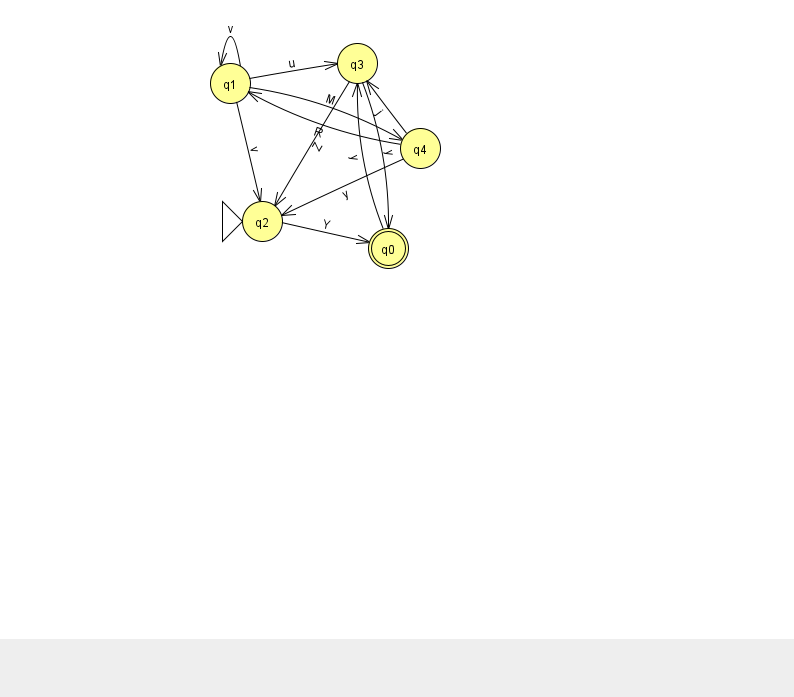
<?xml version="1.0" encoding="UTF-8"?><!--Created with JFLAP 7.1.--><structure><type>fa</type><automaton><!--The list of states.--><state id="0" name="q0"><x>388.0</x><y>235.0</y><final/></state><state id="1" name="q1"><x>230.0</x><y>70.0</y></state><state id="2" name="q2"><x>262.0</x><y>208.0</y><initial/></state><state id="3" name="q3"><x>357.0</x><y>50.0</y></state><state id="4" name="q4"><x>420.0</x><y>135.0</y></state><!--The list of transitions.--><transition><from>1</from><to>4</to><read>M</read></transition><transition><from>1</from><to>1</to><read>v</read></transition><transition><from>0</from><to>3</to><read>y</read></transition><transition><from>1</from><to>3</to><read>u</read></transition><transition><from>3</from><to>0</to><read>y</read></transition><transition><from>4</from><to>3</to><read>j</read></transition><transition><from>4</from><to>2</to><read>y</read></transition><transition><from>2</from><to>0</to><read>Y</read></transition><transition><from>1</from><to>2</to><read>v</read></transition><transition><from>3</from><to>2</to><read>Z</read></transition><transition><from>4</from><to>1</to><read>R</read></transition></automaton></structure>